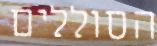
הסוללים